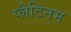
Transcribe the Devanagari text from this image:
प्लैटिनम